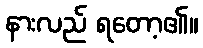
နားလည် ရတော့၏။